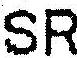
SR